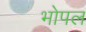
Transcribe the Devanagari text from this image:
भोपल